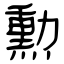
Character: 勲